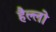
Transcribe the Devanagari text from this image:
हैल्लो